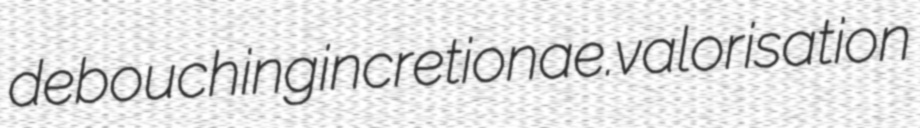
debouching incretion ae. valorisation